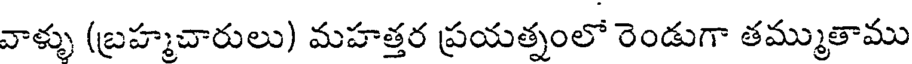
వాళ్ళు (బ్రహ్మచారులు) మహత్తర ప్రయత్నంలో రెండుగా తమ్ముతాము